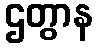
ဌတွာန